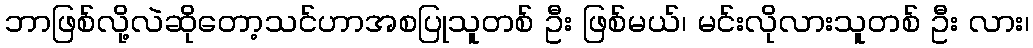
ဘာဖြစ်လို့လဲဆိုတော့သင်ဟာအစပြုသူတစ် ဦး ဖြစ်မယ်၊ မင်းလိုလားသူတစ် ဦး လား၊